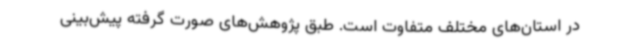
در استان‌های مختلف متفاوت است. طبق پژوهش‌های صورت گرفته پیش‌بینی